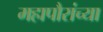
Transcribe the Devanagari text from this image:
महापौरांच्या